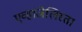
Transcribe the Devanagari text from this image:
एव्हांजेलिस्ता